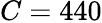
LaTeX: C=440